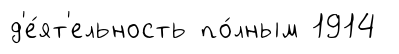
д'е́ят'ельность по́лным 1914